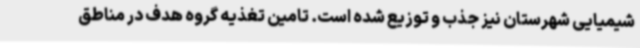
شیمیایی شهرستان نیز جذب و توزیع شده است. تامین تغذیه گروه هدف در مناطق